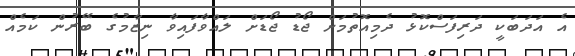
އެ އަދަބަކީ ދަރިފަސްކޮޅު ދެމިއޮތުމަށް ޖޯޑު ޖޯޑަށް ލައްވާފައިވާ ނިޒާމުގެ ބޭރުން ކަމެއް